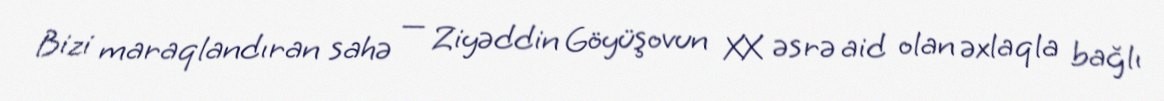
Bizi maraqlandıran sahə — Ziyəddin Göyüşovun XX əsrə aid olan əxlaqla bağlı